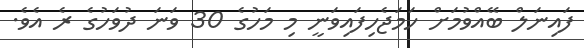
ފައިނަލް ބޭއްވުމަށް ހަމަޖެހިފައިވަނީ މި މަހުގެ 30 ވަނަ ދުވަހުގެ ރެ އެވެ.